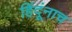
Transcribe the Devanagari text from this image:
हिंदूंनाच